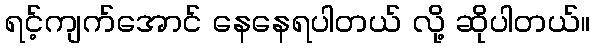
ရင့်ကျက်အောင် နေနေရပါတယ် လို့ ဆိုပါတယ်။